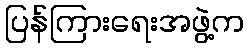
ပြန်ကြားရေးအဖွဲ့က